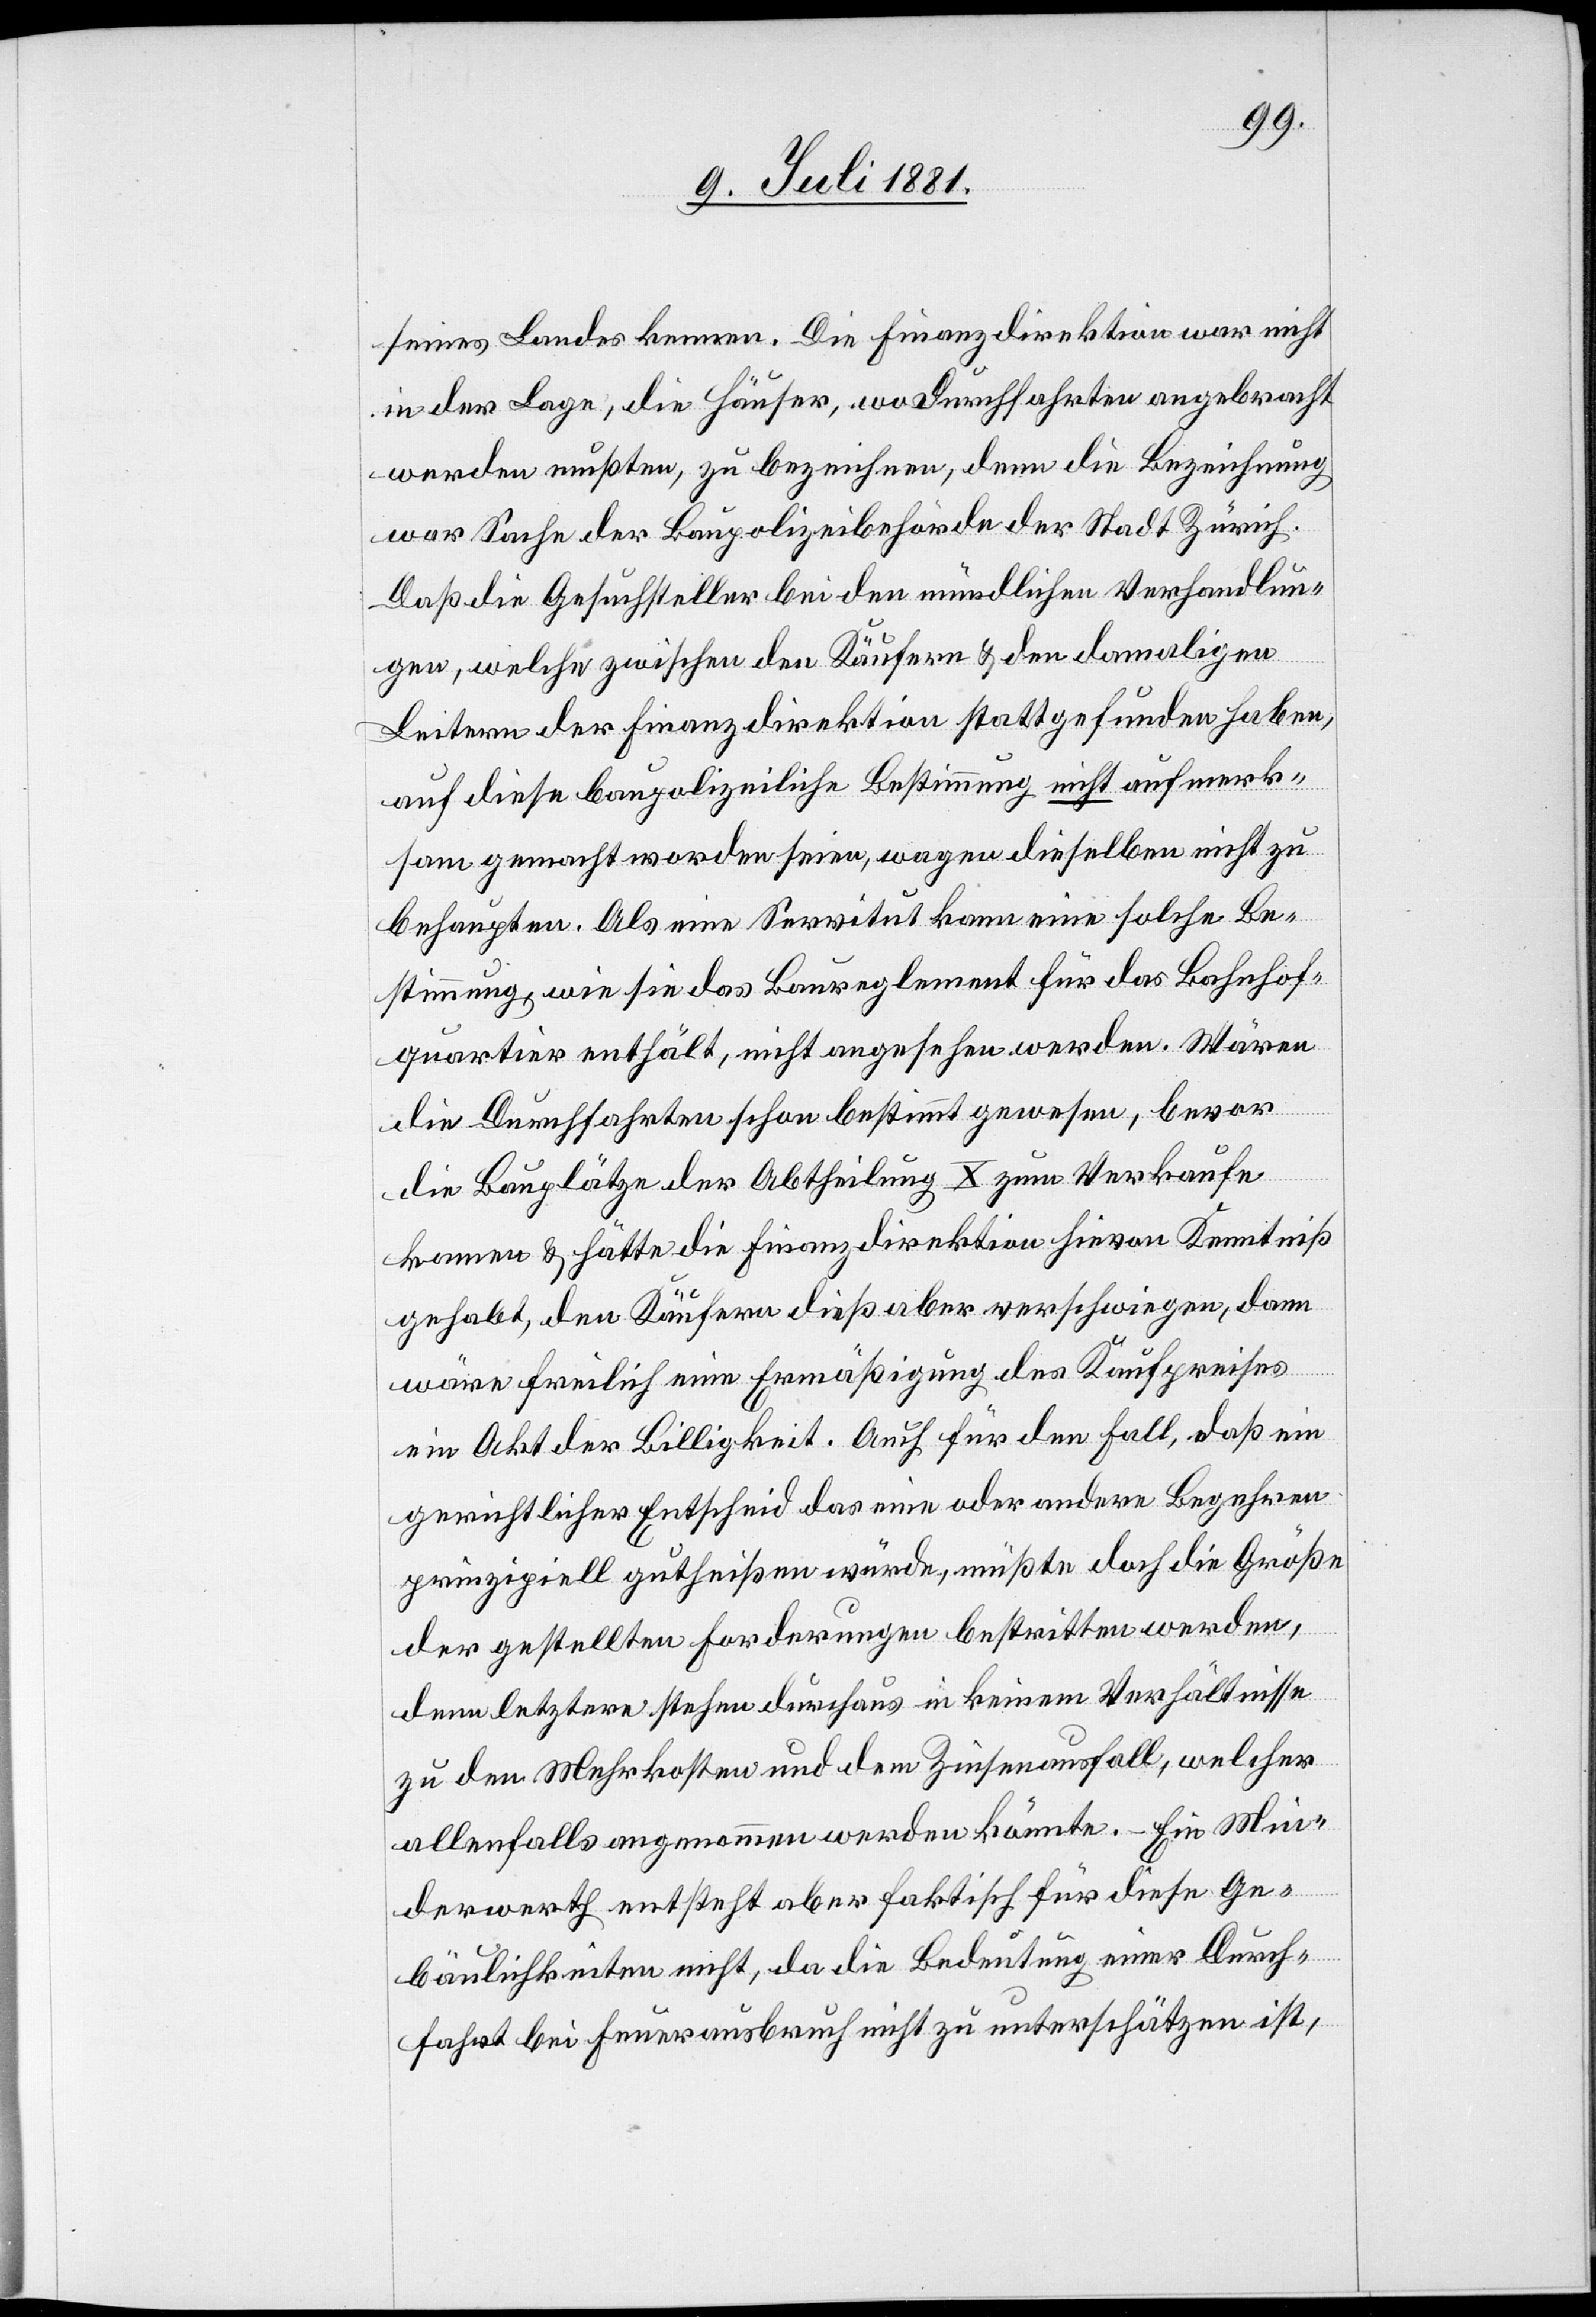
seines Landes kennen. Die Finanzdirektion war nicht
in der Lage, die Häuser, wo Durchfahrten angebracht
werden mußten, zu bezeichnen, denn die Bezeichnung
war Sache der Baupolizeibehörde der Stadt Zürich.
Daß die Gesuchsteller bei den mündlichen Verhandlun¬
gen, welche zwischen den Käufern & den damaligen
Leitern der Finanzdirektion stattgefunden haben,
auf diese baupolizeiliche Bestimmung nicht aufmerk¬
sam gemacht worden seien, wagen dieselben nicht zu
behaupten. Als eine Servitut kann eine solche Be¬
stimmung, wie sie das Baureglement für das Bahnhof¬
quartier enthält, nicht angesehen werden. Wären
die Durchfahrten schon bestimmt gewesen, bevor
die Bauplätze der Abtheilung X zum Verkaufe
kamen & hätte die Finanzdirektion hievon Kenntniß
gehabt, den Käufern dieß aber verschwiegen, dann
wäre freilich eine Ermäßigung des Kaufpreises
ein Akt der Billigkeit. Auch für den Fall, daß ein
gerichtlicher Entscheid das eine oder andere Begehren
prinzipiell gutheißen würde, müßte doch die Größe
der gestellten Forderungen bestritten werden,
denn letztere stehen durchaus in keinem Verhältnisse
zu den Mehrkosten und dem Zinsenausfall, welcher
allenfalls angenommen werden könnte. Ein Min¬
derwerth entsteht aber faktische für diese Ge¬
bäulichkeiten nicht, da die Bedeutung einer Durch¬
fahrt bei Feuerausbruch nicht zu unterschätzen ist,